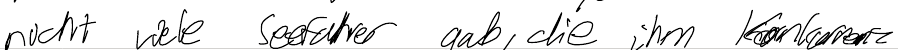
nicht viele Seefahrer gab, die im Konkurrenz